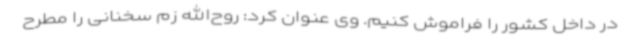
در داخل کشور را فراموش کنیم. وی عنوان کرد: روح‌الله زم سخنانی را مطرح